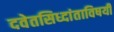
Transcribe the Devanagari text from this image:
दवेतसिध्दांताविषयी